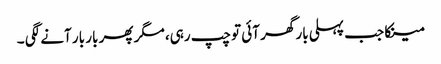
مینکا جب پہلی بار گھر آئی تو چپ رہی، مگر پھر بار بار آنے لگی ۔